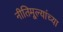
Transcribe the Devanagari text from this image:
नीतिमूल्यांच्या